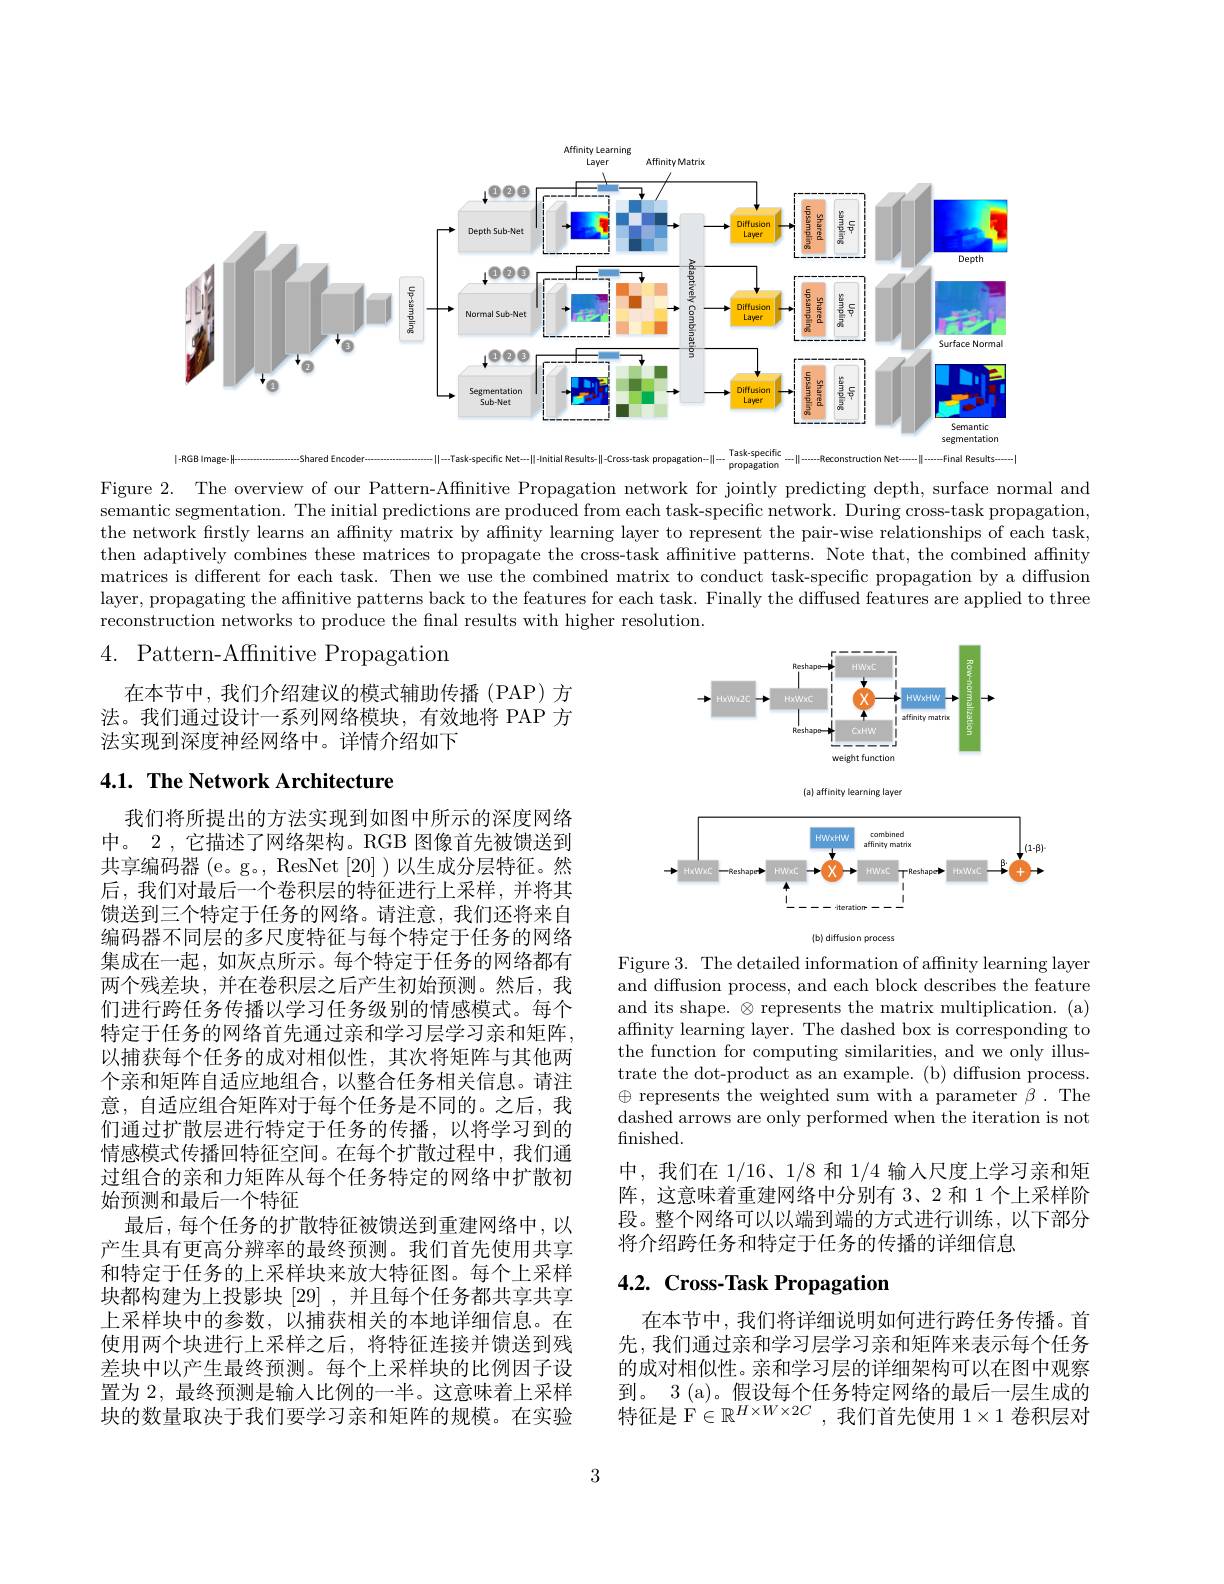
<FigureHere>
-specific
$|-RGB|mage-H$
-shared Encoden
-$\|$--Task-specific Net----||-Initial Results---Cross-task propagation---
$........feconstruction Net-..........Final Results-........$

propagation

Figure 2. The overview of our Pattern-Affinitive Propagation network for jointly predicting depth, surface normal and semantic segmentation. The initial predictions are produced from each task-specific network. During cross-task propagation, the network firstly learns an affinity matrix by affnity learning layer to represent the pair-wise relationships of each task, then adaptively combines these matrices to propagate the cross-task affinitive patterns. Note that, the combined affinity matrices is different for each task. Then we use the combined matrix to conduct task-specific propagation by a diffusion layer, propagating the affinitive patterns back to the features for each task. Finally the diffused features are applied to three reconstruction networks to produce the fnal results with higher resolution.

# 4. Pattern-Affinitive Propagation

在本节中，我们介绍建议的模式辅助传播(PAP)方法。我们通过设计一系列网络模块，有效地将 PAP 方法实现到深度神经网络中。详情介绍如下

# 4.1. The Network Architecture

<FigureHere>
(b) diffusion process

Figure 3. The detailed information of affinity learning layer and diffusion process, and each block describes the feature and its shape. $\otimes$ represents the matrix multiplication.(a) affinity learning layer. The dashed box is corresponding to the function for computing similarities, and we only illustrate the dot-product as an example. (b) diffusion process. $\oplus$ represents the weighted sum with a parameter $\beta.$ The dashed arrows are only performed when the iteration is not finished.
中，我们在 1/16、1/8 和 1/4 输人尺度上学习亲和矩阵，这意味着重建网络中分别有 3、2 和 1 个上采样阶段。整个网络可以以端到端的方式进行训练，以下部分将介绍跨任务和特定于任务的传播的详细信息

我们将所提出的方法实现到如图中所示的深度网络中。2 , 它描述了网络架构。RGB 图像首先被馈送到共享编码器 (e。g。, ResNet [20] )以生成分层特征。然后，我们对最后一个卷积层的特征进行上采样，并将其馈送到三个特定于任务的网络。请注意，我们还将来自编码器不同层的多尺度特征与每个特定于任务的网络集成在一起，如灰点所示。每个特定于任务的网络都有两个残差块，并在卷积层之后产生初始预测。然后，我们进行跨任务传播以学习任务级别的情感模式。每个特定于任务的网络首先通过亲和学习层学习亲和矩阵， 以捕获每个任务的成对相似性，其次将矩阵与其他两个亲和矩阵自适应地组合，以整合任务相关信息。请注意，自适应组合矩阵对于每个任务是不同的。之后，我们通过扩散层进行特定于任务的传播，以将学习到的情感模式传播回特征空间。在每个扩散过程中，我们通过组合的亲和力矩阵从每个任务特定的网络中扩散初始预测和最后一个特征
最后，每个任务的扩散特征被馈送到重建网络中，以产生具有更高分辨率的最终预测。我们首先使用共享和特定于任务的上采样块来放大特征图。每个上采样块都构建为上投影块[29],并且每个任务都共享共享上采样块中的参数，以捕获相关的本地详细信息。在使用两个块进行上采样之后，将特征连接并馈送到残差块中以产生最终预测。每个上采样块的比例因子设置为 2, 最终预测是输人比例的一半。这意味着上采样块的数量取决于我们要学习亲和矩阵的规模。在实验

# 4.2. Cross-Task Propagation

在本节中，我们将详细说明如何进行跨任务传播。首先，我们通过亲和学习层学习亲和矩阵来表示每个任务的成对相似性。亲和学习层的详细架构可以在图中观察到。3 (a)。假设每个任务特定网络的最后一层生成的特征是$\mathbb{F}\in\mathbb{R}^H\times W\times2C$,我们首先使用 1$\times1$卷积层对

3